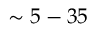
\sim 5 - 3 5 \